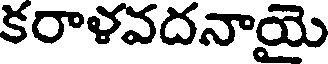
కరాళవదనాయై